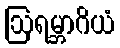
ဩရမ္ဘာဂိယံ